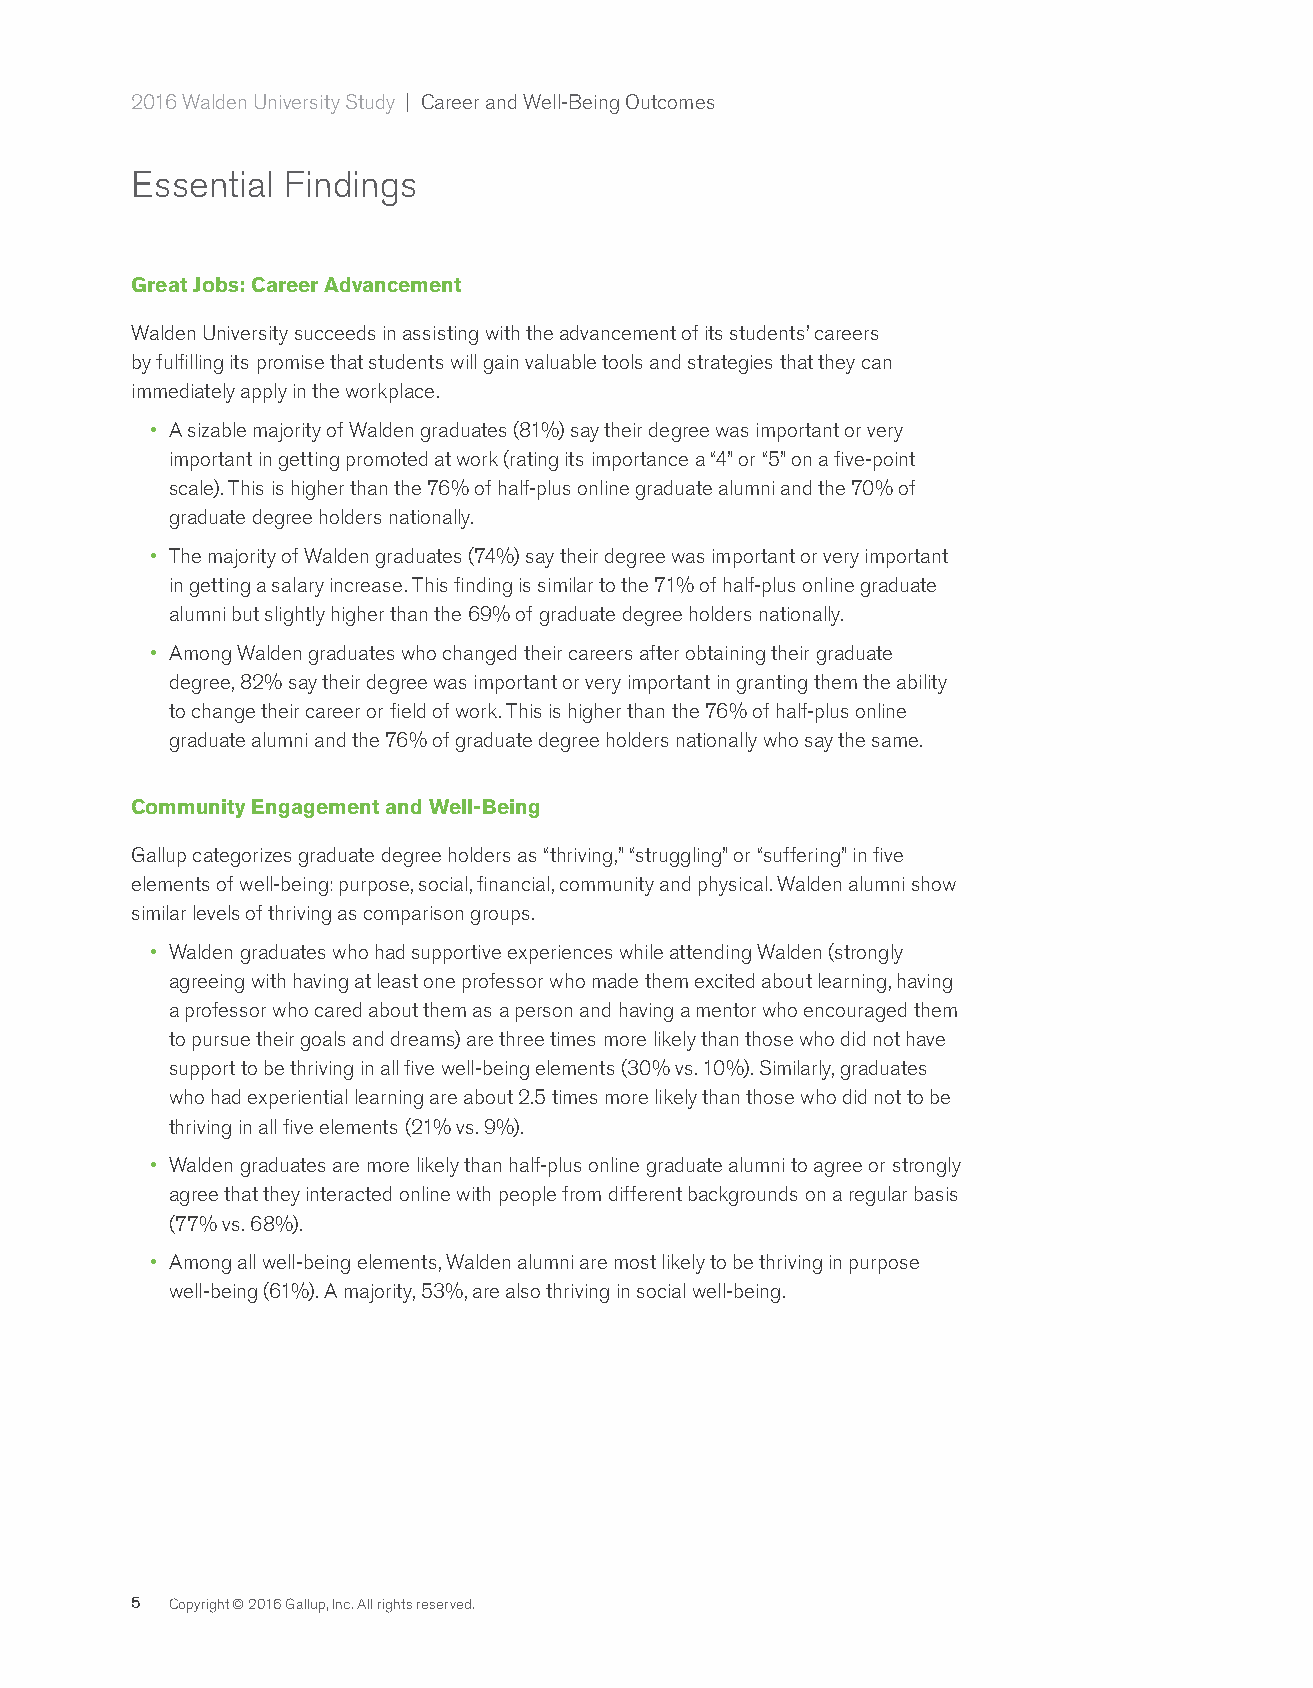
2016 Walden University Study | Career and Well-Being Outcomes
 Essential Findings
 Great Jobs: Career Advancement
 Walden University succeeds in assisting with the advancement of its students’ careers
 by fulfilling its promise that students will gain valuable tools and strategies that they can
 immediately apply in the workplace.
 A sizable majority of Walden graduates (81%) say their degree was important or very
 •
 important in getting promoted at work (rating its importance a “4” or “5” on a five-point
 scale). This is higher than the 76% of half-plus online graduate alumni and the 70% of
 graduate degree holders nationally.
 The majority of Walden graduates (74%) say their degree was important or very important
 •
 in getting a salary increase. This finding is similar to the 71% of half-plus online graduate
 alumni but slightly higher than the 69% of graduate degree holders nationally.
 Among Walden graduates who changed their careers after obtaining their graduate
 •
 degree, 82% say their degree was important or very important in granting them the ability
 to change their career or field of work. This is higher than the 76% of half-plus online
 graduate alumni and the 76% of graduate degree holders nationally who say the same.
 Community Engagement and Well-Being
 Gallup categorizes graduate degree holders as “thriving,” “struggling” or “suffering” in five
 elements of well-being: purpose, social, financial, community and physical. Walden alumni show
 similar levels of thriving as comparison groups.
 Walden graduates who had supportive experiences while attending Walden (strongly
 •
 agreeing with having at least one professor who made them excited about learning, having
 a professor who cared about them as a person and having a mentor who encouraged them
 to pursue their goals and dreams) are three times more likely than those who did not have
 support to be thriving in all five well-being elements (30% vs. 10%). Similarly, graduates
 who had experiential learning are about 2.5 times more likely than those who did not to be
 thriving in all five elements (21% vs. 9%).
 Walden graduates are more likely than half-plus online graduate alumni to agree or strongly
 •
 agree that they interacted online with people from different backgrounds on a regular basis
 (77% vs. 68%).
 Among all well-being elements, Walden alumni are most likely to be thriving in purpose
 •
 well-being (61%). A majority, 53%, are also thriving in social well-being.
 5 Copyright © 2016 Gallup, Inc. All rights reserved.